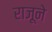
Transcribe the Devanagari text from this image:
राजूने